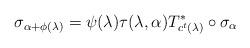
LaTeX: \begin{align*}\sigma_{\alpha+\phi(\lambda)}=\psi(\lambda)\tau(\lambda,\alpha)T^*_{c^t(\lambda)}\circ\sigma_\alpha\end{align*}